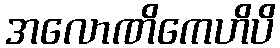
အလောဏိကေဟိပိ